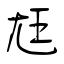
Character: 尪